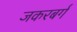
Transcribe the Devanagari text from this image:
जकरबर्ग